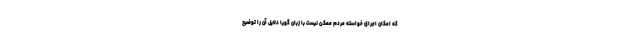
که امکان اجرای خواسته مردم ممکن نیست با زبان گویا دلایل آن را توضیح